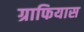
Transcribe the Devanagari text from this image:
ग्राफियास